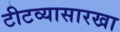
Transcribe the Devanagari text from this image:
टीटव्यासारखा